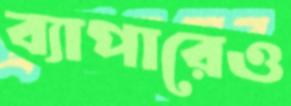
ব্যাপারেও